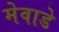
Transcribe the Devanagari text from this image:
मेवाडे